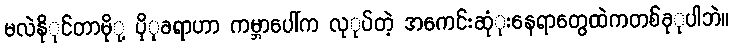
မလဲနိုုင်တာမိုု့ ပိုုခရာဟာ ကမ္ဘာပေါ်က လုုပ်တဲ့ အကေင်းဆုံုးနေရာတွေထဲကတစ်ခုုပါဘဲ။